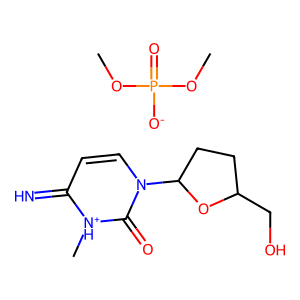
SMILES: COP(=O)([O-])OC.C[NH+]1C(=N)C=CN(C2CCC(CO)O2)C1=O
Inhibits HIV replication: Yes